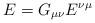
LaTeX: \begin{align*}E = G_{\mu \nu} E^{\nu \mu}\end{align*}